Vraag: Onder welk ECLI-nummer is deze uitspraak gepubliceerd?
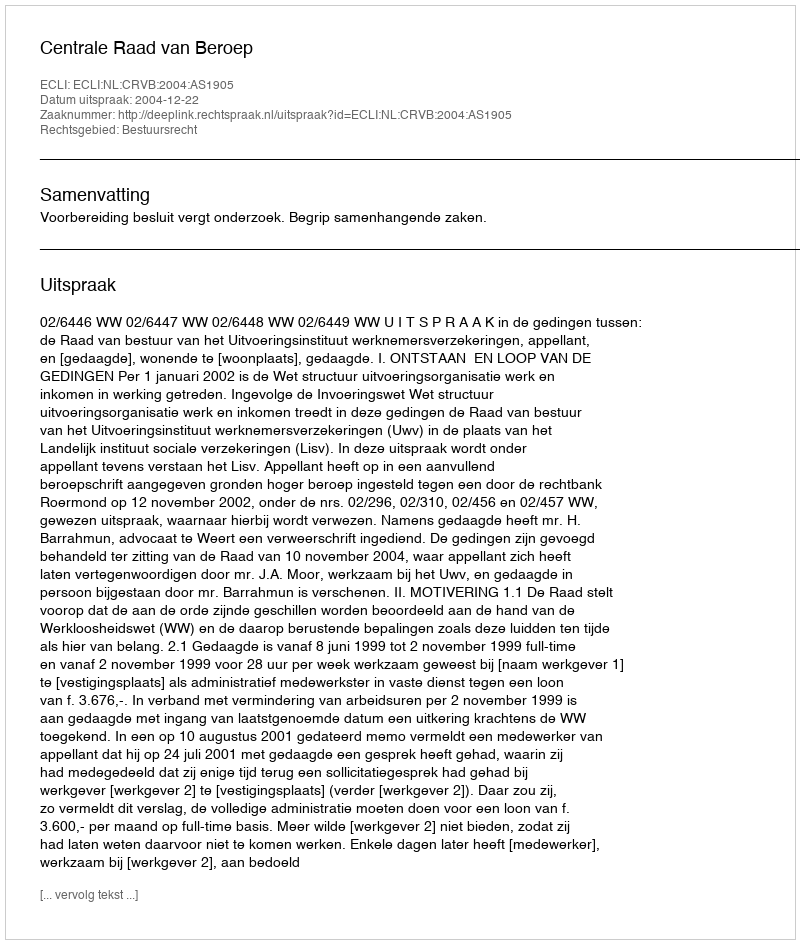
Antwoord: ECLI:NL:CRVB:2004:AS1905